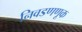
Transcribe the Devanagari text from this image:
निवडणणूक